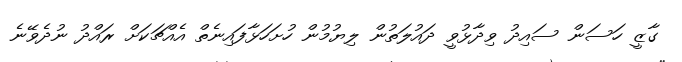
ގާޒީ ހަސަން ސައިދު ވިދާޅުވީ ދައުލަތުން ލިޔުމުން ހުށަހަޅާފައިނެތް އެއްޗަކަށް ރައްދު ނުދެވޭނެ